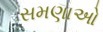
સમણાઓ